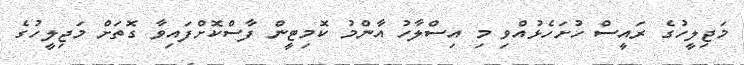
މަޖިލީހުގެ ރައީސް ހުށަހެޅުއްވި މި އިސްލާހު އާންމު ކޮމިޓީން ފާސްކޮށްފައިވާ ގޮތަށް މަޖިލީހުގެ